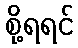
စို့ရရင်